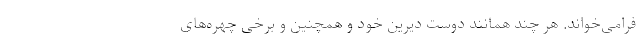
فرا‌می‌خواند. هر چند همانند دوست دیرین خود و همچنین و برخی چهره‌های